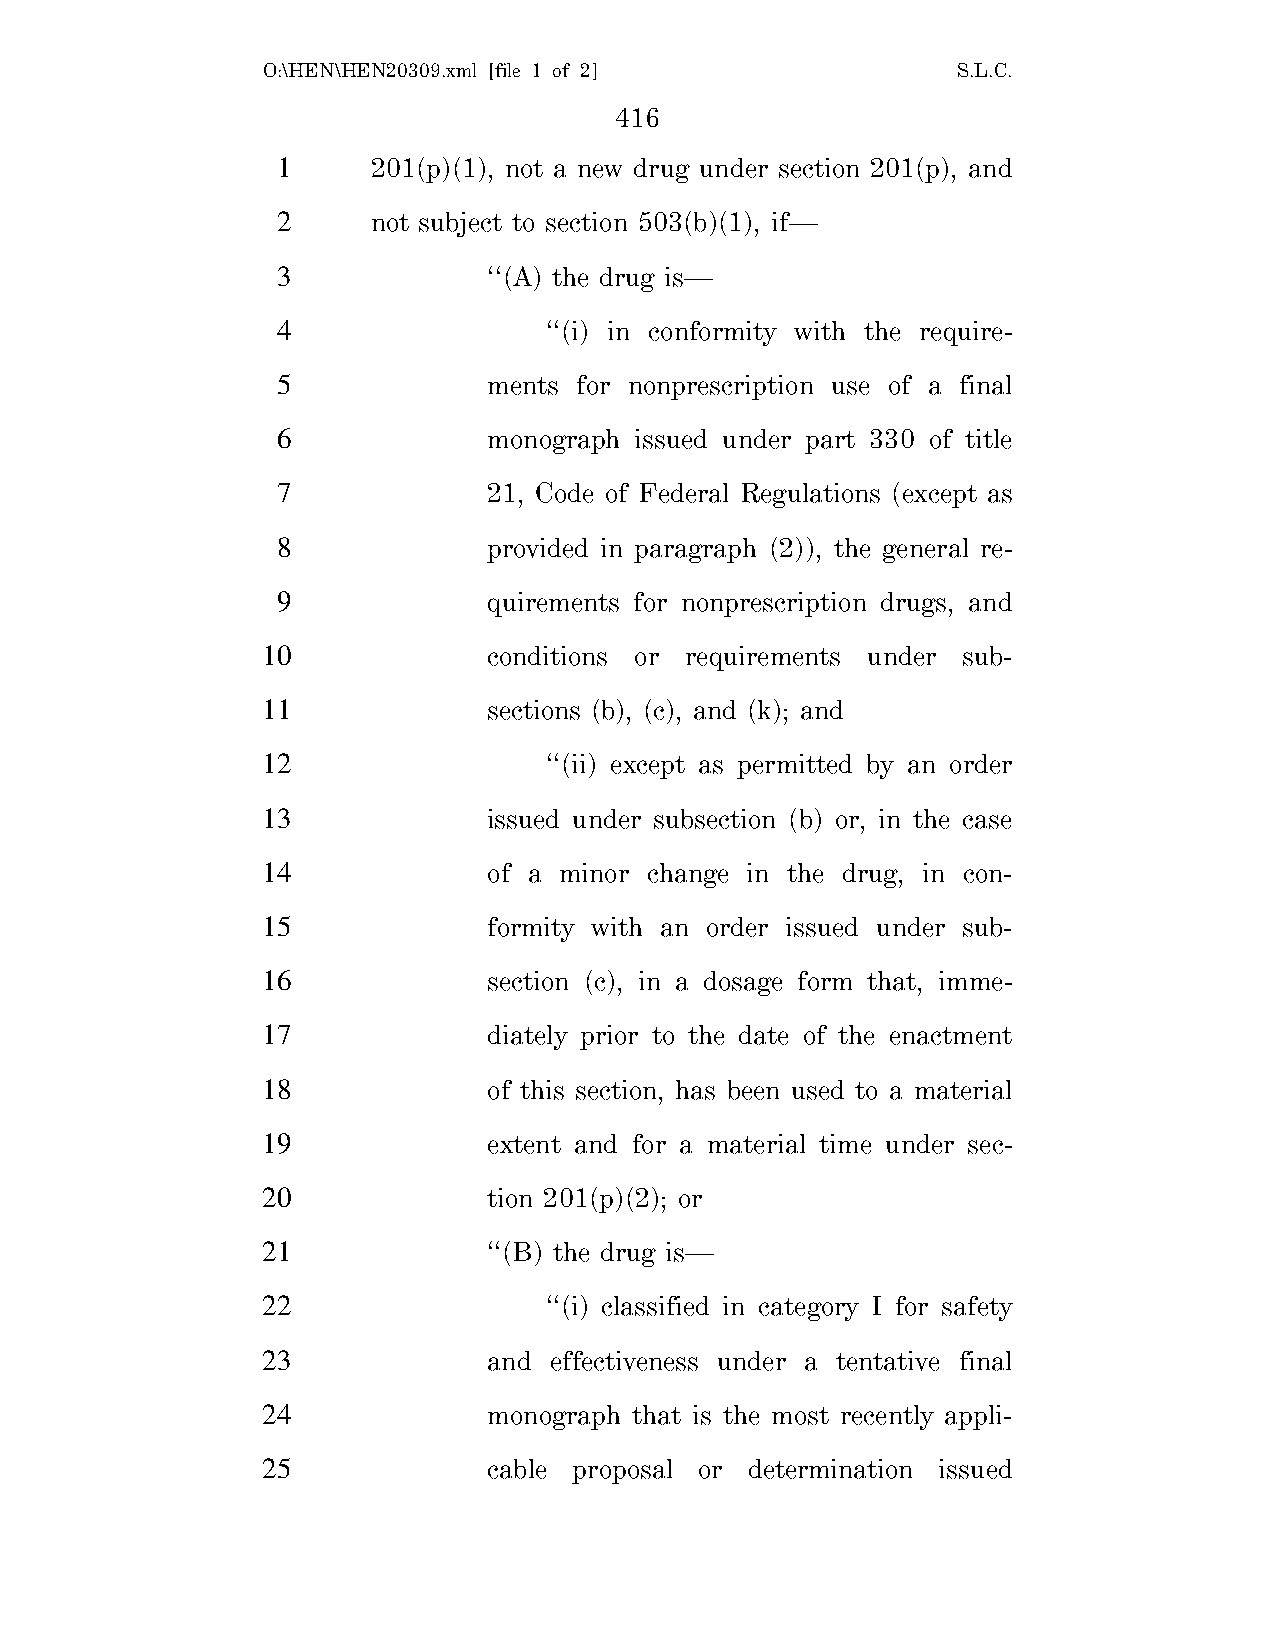
O:\HEN\HEN20309.xml [file 1 of 2]             S.L.C.
 416
 1      201(p)(1), not a new drug under section 201(p), and
 2      not subject to section 503(b)(1), if—
 3             ‘‘(A) the drug is—
 4                 ‘‘(i) in conformity with the require-
 5             ments for nonprescription use of a final
 6             monograph issued under part 330 of title
 7             21, Code of Federal Regulations (except as
 8             provided in paragraph (2)), the general re-
 9             quirements for nonprescription drugs, and
 10             conditions or requirements under sub-
 11             sections (b), (c), and (k); and
 12                 ‘‘(ii) except as permitted by an order
 13             issued under subsection (b) or, in the case
 14             of a minor change in the drug, in con-
 15             formity with an order issued under sub-
 16             section (c), in a dosage form that, imme-
 17             diately prior to the date of the enactment
 18             of this section, has been used to a material
 19             extent and for a material time under sec-
 20             tion 201(p)(2); or
 21             ‘‘(B) the drug is—
 22                 ‘‘(i) classified in category I for safety
 23             and effectiveness under a tentative final
 24             monograph that is the most recently appli-
 25             cable proposal or determination issued